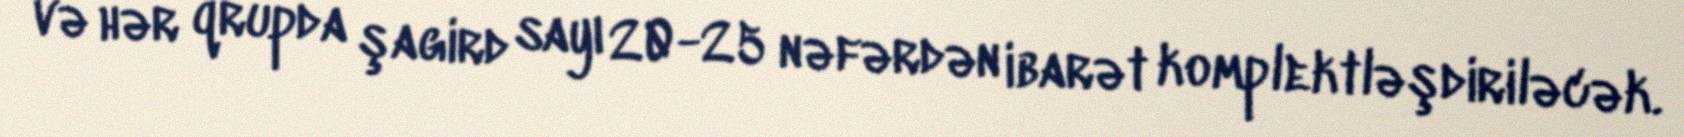
və hər qrupda şagird sayı 20-25 nəfərdən ibarət komplektləşdiriləcək.